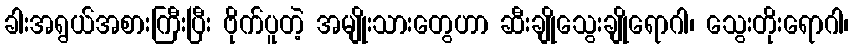
ခါးအရွယ်အစားကြီးပြီး ဗိုက်ပူတဲ့ အမျိုးသားတွေဟာ ဆီးချိုသွေးချိုရောဂါ၊ သွေးတိုးရောဂါ၊